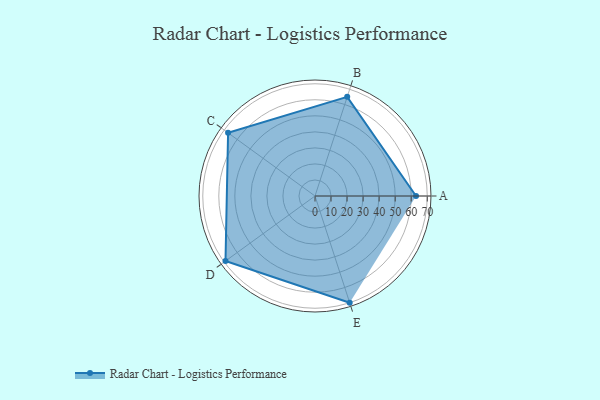
{"axis": {"x": "Skill", "y": "Score"}, "legend": ["Profile"], "data": [{"x": "A", "y": 63.0, "type": "Profile"}, {"x": "B", "y": 65.0, "type": "Profile"}, {"x": "C", "y": 67.0, "type": "Profile"}, {"x": "D", "y": 69.0, "type": "Profile"}, {"x": "E", "y": 70.0, "type": "Profile"}]}